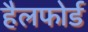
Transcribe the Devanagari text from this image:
हैलफोर्ड